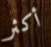
أكثر